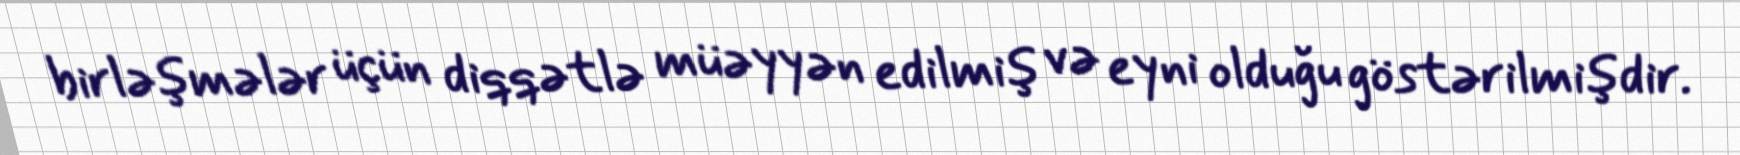
birləşmələr üçün diqqətlə müəyyən edilmiş və eyni olduğu göstərilmişdir.